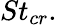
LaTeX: St_{cr}.